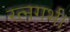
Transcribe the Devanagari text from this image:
रत्नगर्भ।